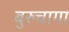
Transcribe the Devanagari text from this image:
बुरुचागा